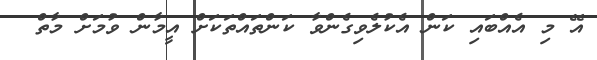
އޭ މި އެއްބައި ކަން އެކުލެވިގެންވާ ކަންތައްތަކަށް އީމާން ވުމަށް މާތް